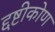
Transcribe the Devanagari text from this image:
द्दष्टीकोण